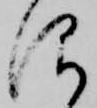
仰